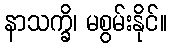
နာသက္ခိ၊ မစွမ်းနိုင်။